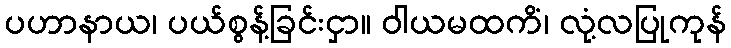
ပဟာနာယ၊ ပယ်စွန့်ခြင်းငှာ။ ဝါယမထကိံ၊ လုံ့လပြုကုန်